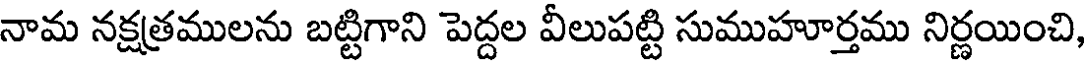
నామ నక్షత్రములను బట్టిగాని పెద్దల వీలుపట్టి సుముహూర్తము నిర్ణయించి,